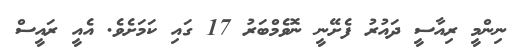
ނިންމީ ރިއާސީ ދައުރު ފެށޭނީ ނޮވެމްބަރު 17 ގައި ކަމަށެވެ. އެއީ ރައީސް